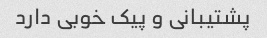
پشتیبانی و پیک خوبی دارد